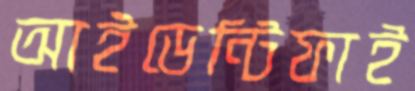
আইডেন্টিফাই